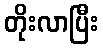
တိုးလာပြီး